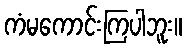
ကံမကောင်းကြပါဘူး။